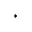
^ { \ast }